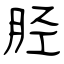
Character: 胫